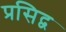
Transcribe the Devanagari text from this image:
प्रसिद्व